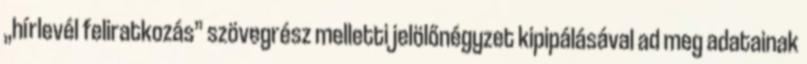
„hírlevél feliratkozás” szövegrész melletti jelölőnégyzet kipipálásával ad meg adatainak